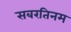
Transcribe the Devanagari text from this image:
सबरतिनम